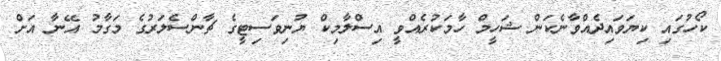
ކޯހުގައި ކިޔަވައިދެއްވާނެކަން ޝަހީމް ހާމަކުރެއްވީ އިސްލާމިކް ޔުނިވަސިޓީގެ ޗާންސެލަރުގެ މަގާމު އޭނާ އަށް